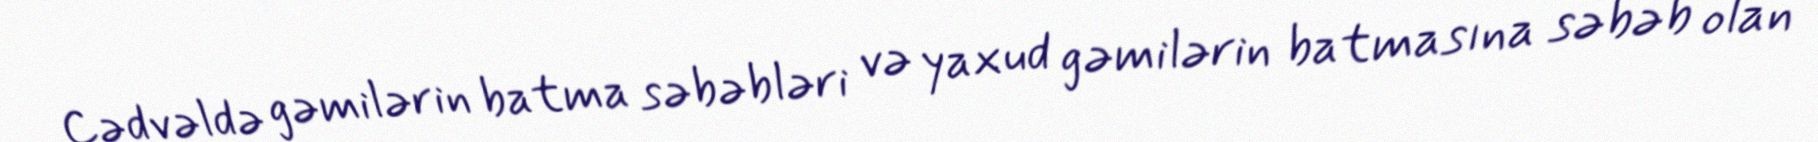
Cədvəldə gəmilərin batma səbəbləri və yaxud gəmilərin batmasına səbəb olan